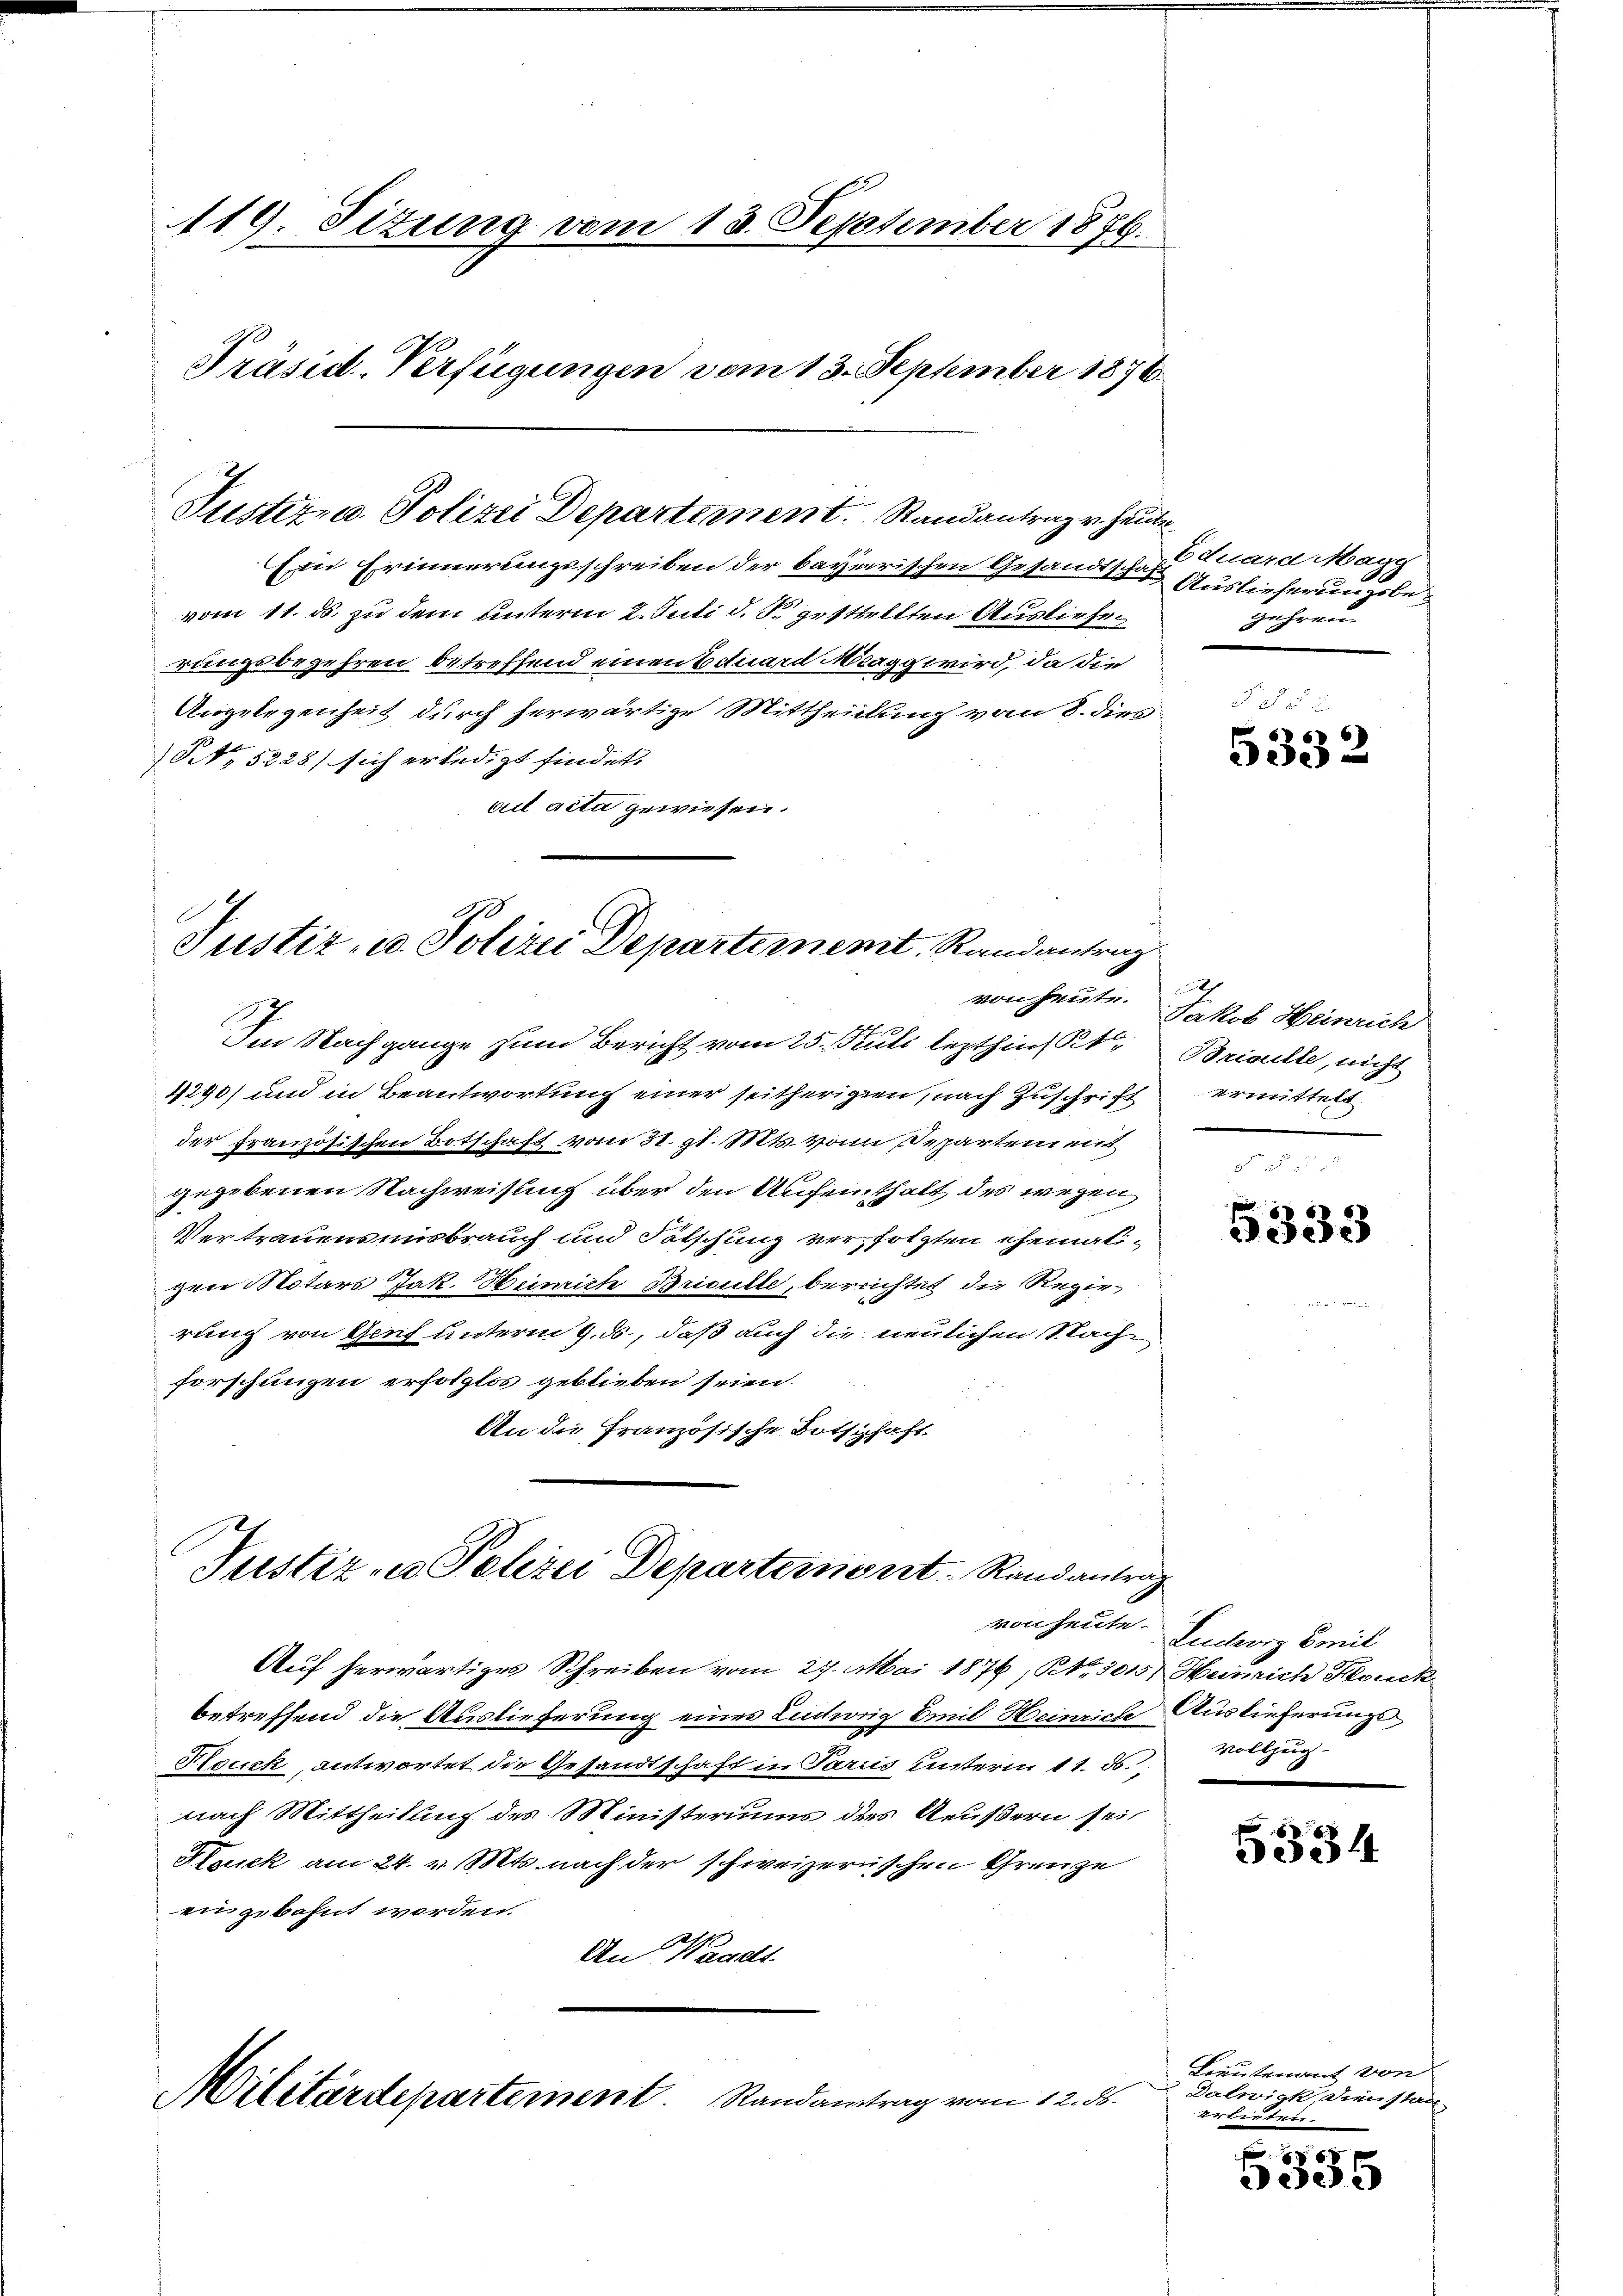
119. Situng vom 13. September 1876.
Präsid-Verfügungen vom 13. September 1876.

Ein Erinnerungsschreiben der bayerischen Gesandtschaf
vom 11. ds. zu dem unterm 2. Juli d. S. gestellten Auslieferungsbegehren betreffend einen Eduard Magg wird, da die
Angelegenheit durch herwärtige Mittheilung vom 8. dies
NNNo. 5228) sich erledigt findet.
viel acta gewiesen.

Justiz- u. Polizei Departement. Randantrag v. Heute

Im Nachgange zum Bericht vom 25. Juli lezthin Kt. Brisulle, nicht
4290) und in Beantwortung einer seitherigen, nach Zuschrift
der französischen Botschaft vom 31. gl. Mts. von Departen mit
gegebenen Nachweisung über den Aufeinthalt des wegen
Vertrauensmisbrauch und Fölschung verfolgten ehemaligen Mitars Jak. Hemich Brisulle, berechtet die Regierung von Genf unterm 9. ds., daß auch die neulichen Sache
forschungen erfolglos geblieben seien.
An die Französische Botschaft

Justiz- u. Polizei Departement. Randantrag

Justiz - Polizei Departement Randantrag
von heute.

Auf herwärtiges Schreiben vom 27. Mai 1876, Kts. 3015) Heinrich Konk
betreffend die Auslieferung eines Ludwig Emil Heinriche Auslieferungs¬
Houck, antwortet die Gesandtschaft in Pariis unterm 11. ds. Vollzug
nach Mittheilung des Ministeriums des Aeußern sei
Houck am 24. v. Mts. nach der schweizerischen Grenze
eingebahnt worden.
An Waadt
Militärdepartement. Randantrag vom 12. ds.

Eduard Magg
Auslieferungsbegefrau

§ § 5 u
5332

x
von heute. Jakob Heinrich
ermittelt
n

5333

Luchorz Emil

5334

Lieutenant von
Dalwigk, die stan
erbieten.

8
535